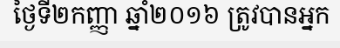
ថ្ងៃទី២កញ្ញា ឆ្នាំ២០១៦ ត្រូវបានអ្នក